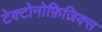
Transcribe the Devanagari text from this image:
टेक्टोनोफ़िज़िक्स